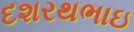
દશરથભાઇ